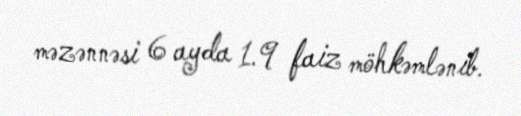
məzənnəsi 6 ayda 1.9 faiz möhkəmlənib.